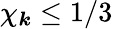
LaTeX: \chi_{\boldsymbol{k}}\leq 1/3